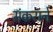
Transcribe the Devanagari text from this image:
संकराने